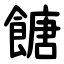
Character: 餹